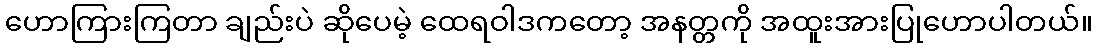
ဟောကြားကြတာ ချည်းပဲ ဆိုပေမဲ့ ထေရဝါဒကတော့ အနတ္တကို အထူးအားပြုဟောပါတယ်။